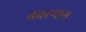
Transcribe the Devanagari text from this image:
कारमान